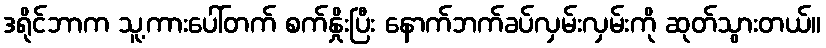
ဒရိုင်ဘာက သူ့ကားပေါ်တက် စက်နှိုးပြီး နောက်ဘက်ခပ်လှမ်းလှမ်းကို ဆုတ်သွားတယ်။